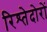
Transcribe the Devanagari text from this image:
रिश्तेदोरों